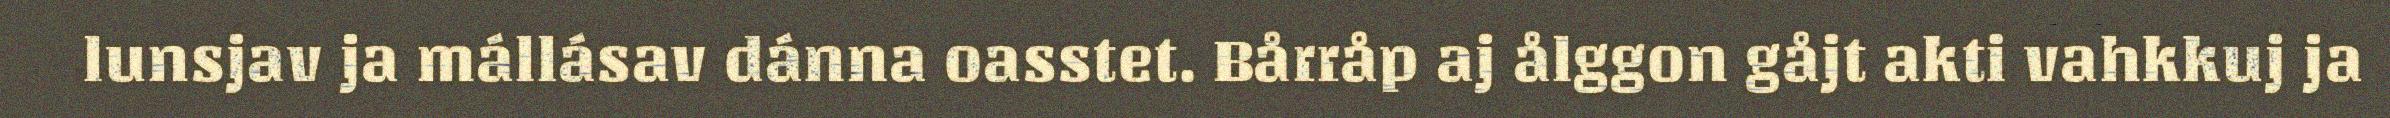
lunsjav ja mállásav dánna oasstet. Bårråp aj ålggon gåjt akti vahkkuj ja